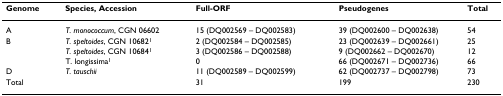
| Genome | Species, Accession | Full-ORF | Pseudogenes | Total |
 | --- | --- | --- | --- | --- |
 | A | T. monococcum, CGN 06602 | 15 (DQ002569 – DQ002583) | 39 (DQ002600 – DQ002638) | 54 |
 | B | T. speltoides, CGN 106821 | 2 (DQ002584 – DQ002585) | 23 (DQ002639 – DQ002661) | 25 |
 |  | T. speltoides, CGN 106841 | 3 (DQ002586 – DQ002588) | 9 (DQ002662 – DQ002670) | 12 |
 |  | T. longissima1 | 0 | 66 (DQ002671 – DQ002736) | 66 |
 | D | T. tauschii | 11 (DQ002589 – DQ002599) | 62 (DQ002737 – DQ002798) | 73 |
 | Total |  | 31 | 199 | 230 |